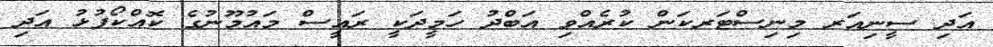
އަދި ސީނިއަރ މިނިސްޓަރކަން ކުރެއްވި އަބްދު ހަމީދަކީ ރައީސް މައުމޫނުގެ ކޮއްކޯފުޅު އަދި